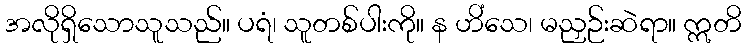
အလိုရှိသောသူသည်။ ပရံ၊ သူတစ်ပါးကို။ န ဟိံသေ၊ မညှဉ်းဆဲရာ။ ဣတိ